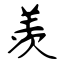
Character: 羡